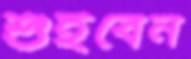
শুইবেন